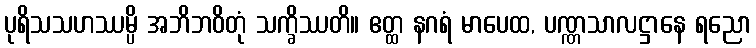
ပုရိသသဟဿမ္ပိ အဘိဘဝိတုံ သက္ခိဿတိ။ ဧတ္ထ နဂရံ မာပေထ, ပဏ္ဏသာလဋ္ဌာနေ ရညော